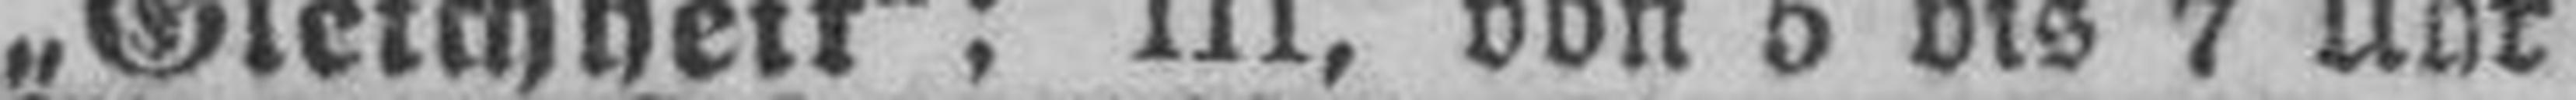
„Gleichheit“: III, von 5 bis 7 Uhr